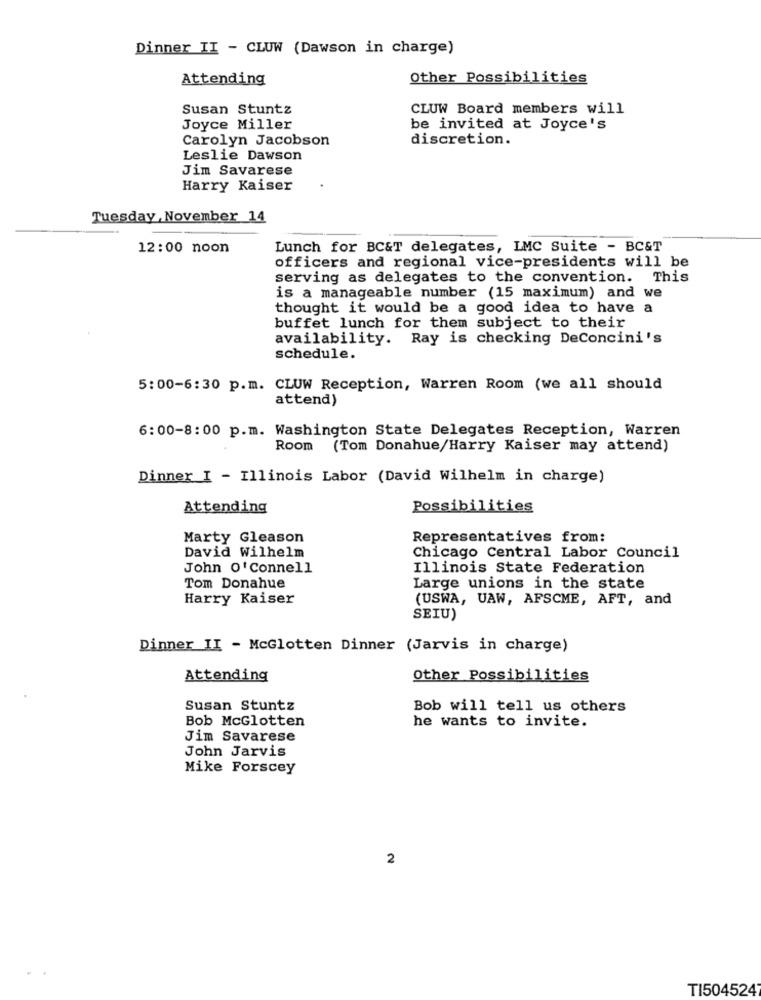
Dinner II - CLUW (Dawson in charge)
Attending
Other Possibilities
Susan Stuntz
CLUW Board members will
Joyce Miller
be invited at Joyce's
Carolyn Jacobson
discretion.
Leslie Dawson
Jim Savarese
Harry Kaiser
Tuesday , November 14
12:00 noon
Lunch for BC&T delegates, LMC Suite - BC&T
officers and regional vice-presidents will be
serving as delegates to the convention. This
is a manageable number (15 maximum) and we
thought it would be a good idea to have a
buffet lunch for them subject to their
availability. Ray is checking DeConcini's
schedule.
5:00-6:30 p.m. CLUW Reception, Warren Room (we all should
attend)
6:00-8:00 p.m. Washington State Delegates Reception, Warren
Room (Tom Donahue/Harry Kaiser may attend)
Dinner I - Illinois Labor (David Wilhelm in charge)
Attending
Possibilities
Marty Gleason
Representatives from:
David Wilhelm
Chicago Central Labor Council
John O'Connell
Illinois State Federation
Tom Donahue
Large unions in the state
Harry Kaiser
(USWA, UAW, AFSCME, AFT, and
SEIU)
Dinner II - McGlotten Dinner (Jarvis in charge)
Attending
Other Possibilities
Susan Stuntz
Bob will tell us others
Bob McGlotten
he wants to invite.
Jim Savarese
John Jarvis
Mike Forscey
2
TI5045247